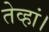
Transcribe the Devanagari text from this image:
तेव्हां।